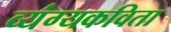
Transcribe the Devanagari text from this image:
व्यंग्यकविता